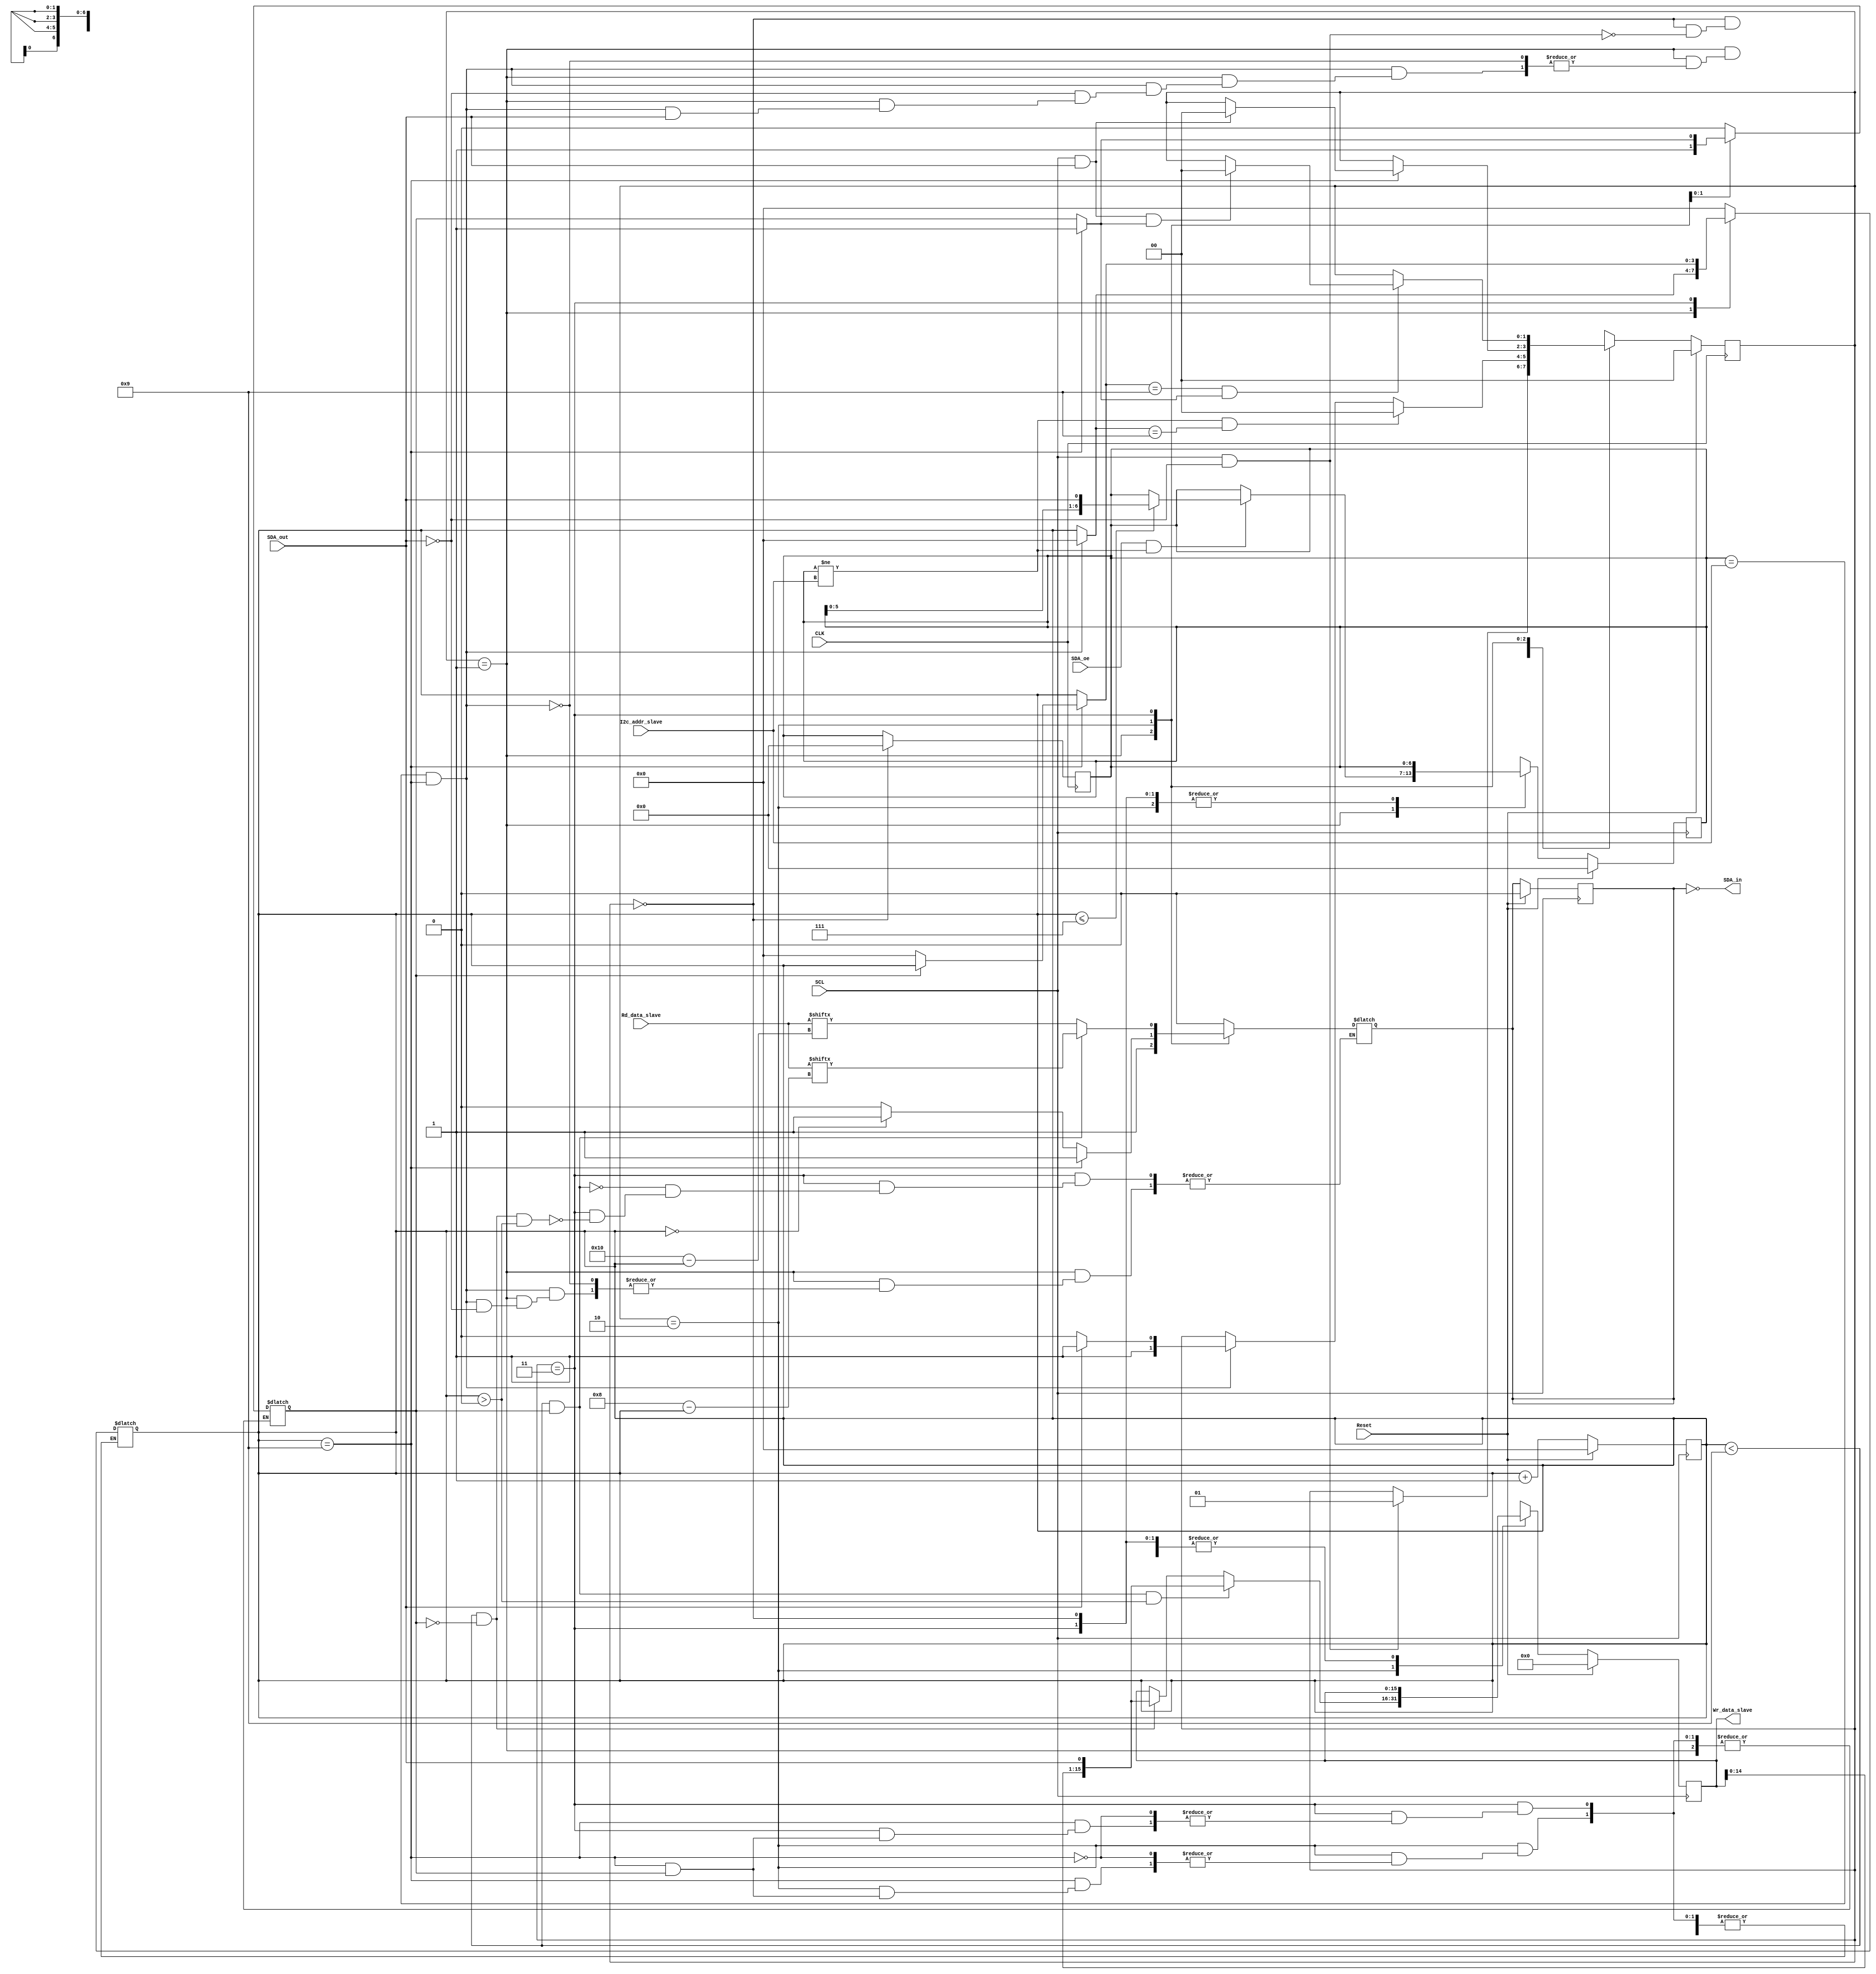
module receptor_mdio(
    input wire CLK,         // Renombrado de mdc a CLK
    input wire Reset,       // Renombrado de reset a Reset
    output SDA_in,      // Renombrado de mdio_out a sdain
    input wire SDA_oe,      // Se mantiene como SDA_oe
    input wire [15:0] Rd_data_slave, // Renombrado de mdio_data_read a Rd_data
    output reg [15:0] Wr_data_slave, // Renombrado de mdio_data_write a Wr_data
    input wire [6:0] I2c_addr_slave, // Renombrado de reg_addr a I2c_addr (cambiado de 5 bits a 7 bits)
    input wire SDA_out,      // Renombrado de mdio_in a SDA_out
    input wire SCL
    );

// Parametros para la maquina de estados
parameter Inicio = 2'b00; 
parameter Comparando_adrres = 2'b01;
parameter Write = 2'b10;
parameter Read = 2'b11;

//Contador de bits
reg [3:0] Bit_counter;

// Señales intermedias utilizadas en la logica
reg [1:0] E_Actual, E_Siguiente;
reg [6:0] Comparar_adress, Prox_comparar_adress;
reg Prox_sdain;
reg [15:0] Prox_wr_data_slave; 
reg number_transaccion = 0; 
wire SDA_in;
assign SDA_in = ~ sdain;
reg sdain;


// Los estados iniciales se manejan en el CLK porque la logica interna 
// Perite utilizar relojes rapidos
always @(posedge CLK) begin
    if (Reset) begin 
        E_Actual      <= Inicio;
    end else begin
        E_Actual     <= E_Siguiente;
    end
    if (E_Actual == Inicio) begin
        Comparar_adress <= 16'b0000000000000000;
    end
end

// Flip flops sincronizados con el SCL, ademas es utilizado para inicializar
// o para devolverlos al estados inicial al terminar una transacción
always @(posedge SCL) begin
        if (Reset) begin
        Bit_counter <= 0;
        Comparar_adress <= 0; 
        sdain <= 0; 
        Wr_data_slave <= 0; 
        end else begin      
        Bit_counter <= Bit_counter+1;
        Comparar_adress <= Prox_comparar_adress;
        sdain <= Prox_sdain;
        Wr_data_slave <= Prox_wr_data_slave;
        end
end 


// Logica combinacional
always @(*) begin
    E_Siguiente = E_Actual;
    Prox_sdain = sdain; 
    Prox_comparar_adress = Comparar_adress;
    Prox_wr_data_slave = Wr_data_slave;

    // Comienzo de la maquina de estados
    case (E_Actual)
        // Comienza el estado 00
        // Espera la condición de inicio, el cual es que SDA_out este en alto
        // mientras el SCL se mantien en alto, esta condicion le indica que lo siguiente 
        // son los bits necesarios para comparar con la direccion de el mismo
        Inicio: begin 
            sdain = 0; 
            number_transaccion = 0; 
            if (SCL == 1 && SDA_out == 0) begin
                Bit_counter = 0; 
                E_Siguiente = Comparando_adrres; 
            end
        end
        // Comienza el estado 01
        // Este estado tiene dos funciones, primero espera a comparar si el master busca
        // la transsción con este estado o si no es este slave se devuelve al inicio
        Comparando_adrres: begin 
            if (SDA_oe == 1 && Comparar_adress != I2c_addr_slave) begin
                if (Bit_counter <= 7)begin
                    Prox_comparar_adress = {Comparar_adress, SDA_out};
                end
            end   
            if (Comparar_adress == I2c_addr_slave && Bit_counter == 4'b1001) begin 
                if (SDA_out == 0) begin
                    E_Siguiente = Write;
                    Bit_counter = 0; 
                end
                if (SDA_out == 1) begin
                    E_Siguiente = Read;
                    sdain = 1; 
                    Bit_counter = 0; 
                end
            end
            if (Comparar_adress != I2c_addr_slave && Bit_counter == 4'b1001) begin
                E_Siguiente = Inicio;
            end
        end
        // Comienza el estado 10
        // Este estado es el encargado de manejar la lógica de de escritura
        // cuando termina se devuelve al inicio
        Write: begin  
            if (Bit_counter == 4'b0000) begin
                sdain = 1; 
            end else begin
                sdain = 0; 
            end
            if (Bit_counter < 4'b1001 && number_transaccion == 0) begin
                Prox_wr_data_slave = {Wr_data_slave, SDA_out};
            end
            if (Bit_counter < 4'b1001 && number_transaccion == 1 && Bit_counter > 4'b0000) begin
                Prox_wr_data_slave = {Wr_data_slave, SDA_out};
            end
            if (Bit_counter == 4'b1001) begin
                sdain = 1;  
                if (number_transaccion == 0) begin
                    Bit_counter = 0;
                    number_transaccion = 1; 
                end
                if (SCL == 1 && SDA_out == 1 && number_transaccion == 1) begin
                    E_Siguiente = Inicio; 
                end
            end
        end
        // Comienza el estado 11
        // Este estado es el encaragado de manejar los valores en 
        // el estado de lectura, cuando termina vuelve al inicio
        Read: begin 
            if (Bit_counter < 4'b1001 && number_transaccion == 0 && Bit_counter > 4'b0000) begin
                sdain = Rd_data_slave[16-Bit_counter];  // Corregido "cuenta_bits" por "Bit_counter"
            end
            if (Bit_counter < 4'b1001 && number_transaccion == 1) begin
                sdain = Rd_data_slave[8-Bit_counter];  // Corregido "cuenta_bits" por "Bit_counter"
            end
            if (Bit_counter == 4'b1001) begin 
                if (number_transaccion == 0) begin
                    Bit_counter = 0;
                    number_transaccion = 1;
                end
            end
            if (Bit_counter == 4'b1001 && number_transaccion == 1) begin
                    if (SCL == 1 && SDA_out == 1 && number_transaccion == 1) begin
                        E_Siguiente = Inicio; 
                    end
            end
        end
    endcase
end

endmodule